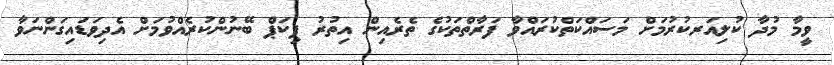
ވީމާ މުދާ ކުލިއަރކުރުމަށް މަސައްކަތްކުރައްވާ ފަރާތްތަކުގެ ތެރެއިން އިތުރު ޕިކަޕް ބޭނުންކުރެއްވުމަށް އެދިވަޑައިގަންނަވާ